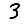
Digit: 3